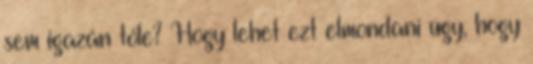
sem igazán tőle? Hogy lehet ezt elmondani úgy, hogy